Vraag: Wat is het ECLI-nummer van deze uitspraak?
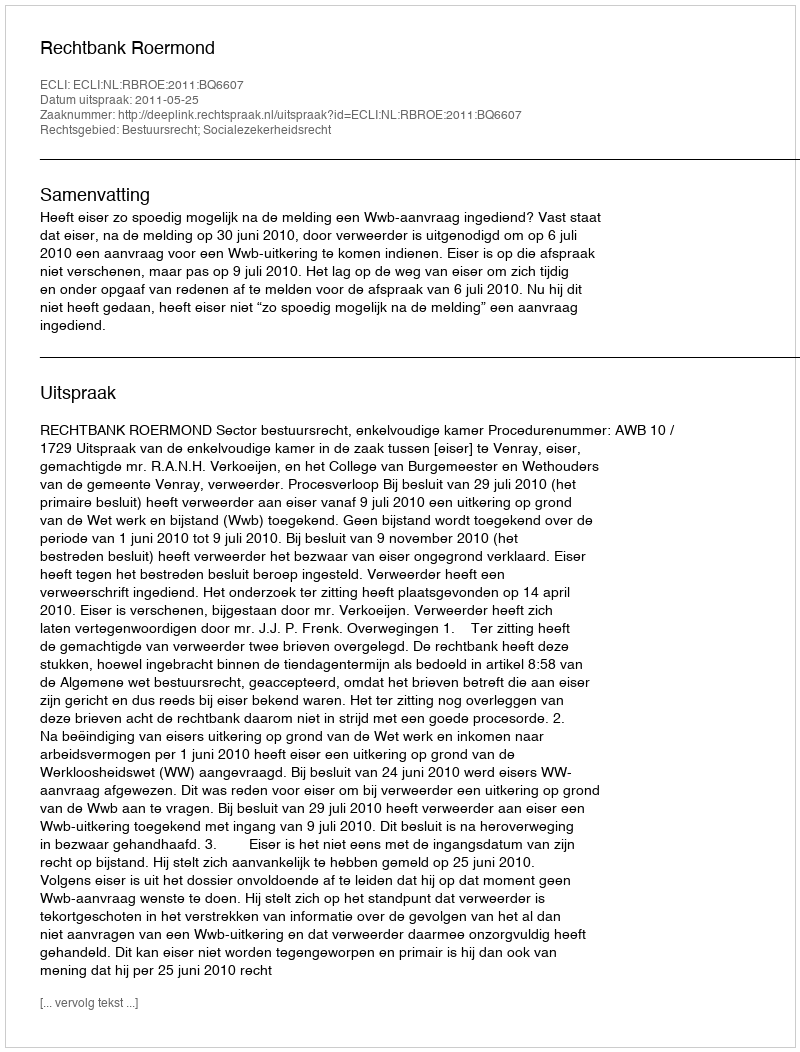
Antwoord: ECLI:NL:RBROE:2011:BQ6607